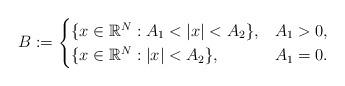
LaTeX: \begin{align*}B:= \begin{cases}\{x\in\mathbb R^N: A_1<|x|<A_2\}, & A_1>0,\\ \{x\in\mathbb R^N: |x|<A_2\}, & A_1=0.\end{cases}\end{align*}